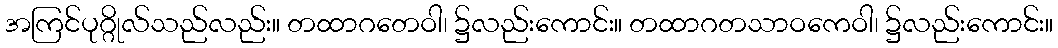
အကြင်ပုဂ္ဂိုလ်သည်လည်း။ တထာဂတေဝါ၊ ၌လည်းကောင်း။ တထာဂတသာဝကေဝါ၊ ၌လည်းကောင်း။